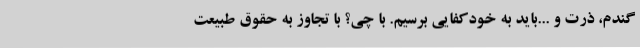
گندم، ذرت و ...باید به خودکفایی برسیم. با چی؟ با تجاوز به حقوق طبیعت